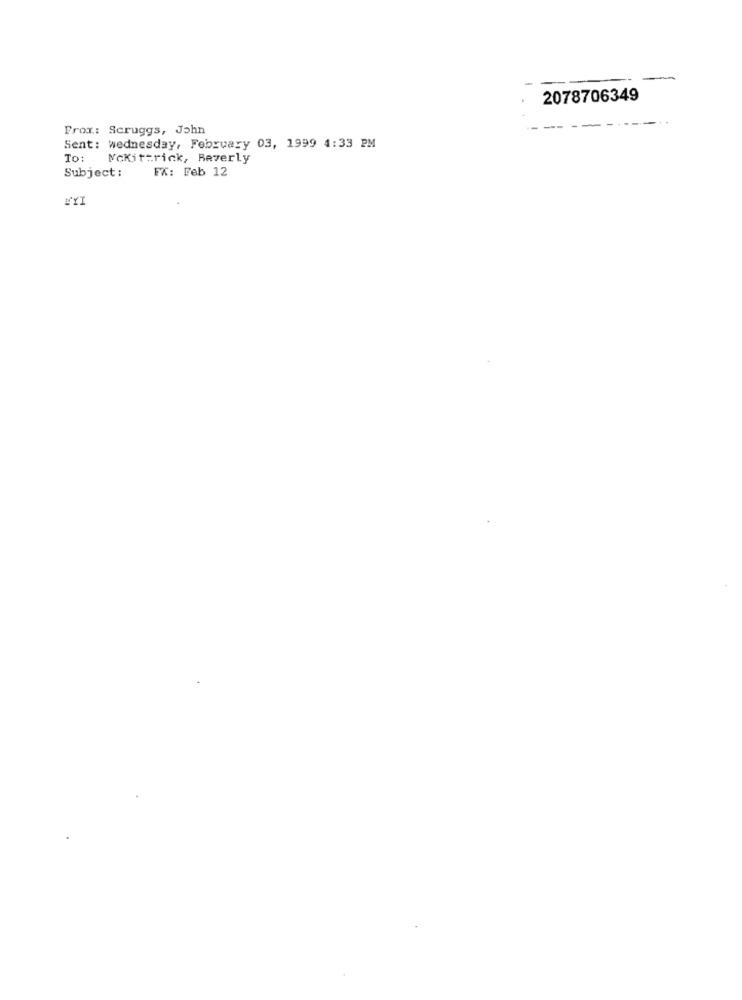
2078706349
From: Scruggs, John
Sent: wednesday, February 03, 1999 4:33 PM
To:
Mckittrick, Beverly
Subject :
FX: Feb 12
WYI